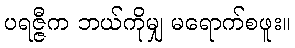
ပရဇ္ဇီက ဘယ်ကိုမျှ မရောက်စဖူး။